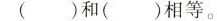
()和()相等。